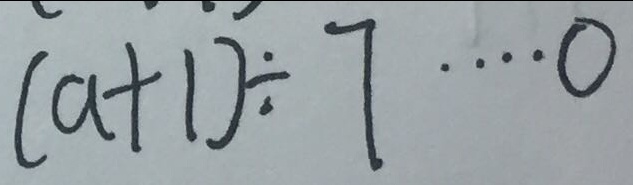
( a + 1 ) \div 7 \cdots 0